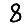
Digit: 8